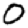
Digit: 0